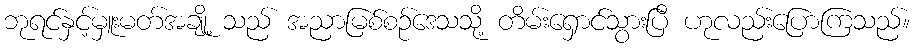
ဘုရင်နှင့်မှူးမတ်အချို့ သည် အညာမြစ်စဉ်ဒေသသို့ တိမ်းရှောင်သွားပြီ ဟုလည်းပြောကြသည်။